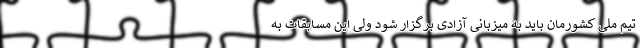
تیم ملی کشورمان باید به میزبانی آزادی برگزار شود ولی این مسابقات به